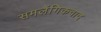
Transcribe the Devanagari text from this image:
समलैंगिकवाद